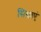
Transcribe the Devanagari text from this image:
सिखाएं